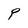
Character: P